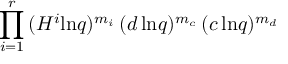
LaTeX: \prod _ { i = 1 } ^ { r } \, ( H ^ { i } \mathrm { l n } q ) ^ { m _ { i } } \, ( d \, \mathrm { l n } q ) ^ { m _ { c } } \, ( c \, \mathrm { l n } q ) ^ { m _ { d } }